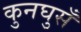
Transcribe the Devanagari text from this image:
कुनघुसँ